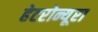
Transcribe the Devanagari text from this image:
हेटरोन्यूरा